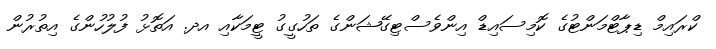
ކްރައިމް ޑިޕާޓްމަންޓުގެ ކޮމިސައިޑް އިންވެސްޓިގޭޝަންގެ ތަހުގީގު ޓީމަކާއި އދ. އަތޮޅު ފުލުހުންގެ އިތުރުން